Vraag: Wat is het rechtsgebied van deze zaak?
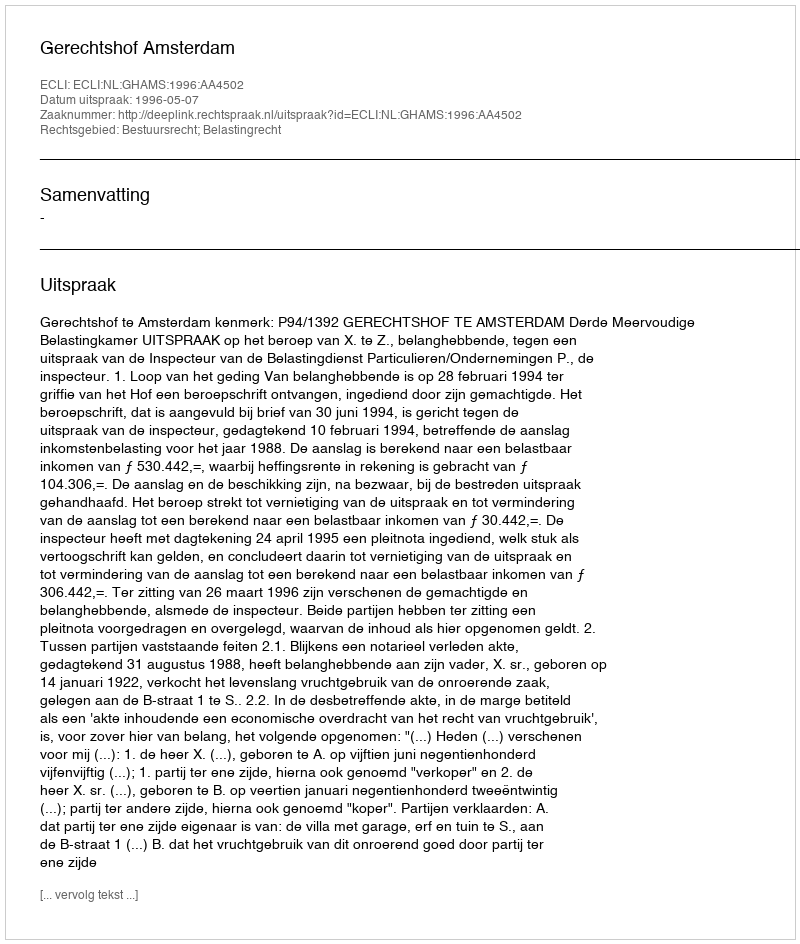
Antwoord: Bestuursrecht; Belastingrecht